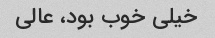
خیلی خوب بود، عالی